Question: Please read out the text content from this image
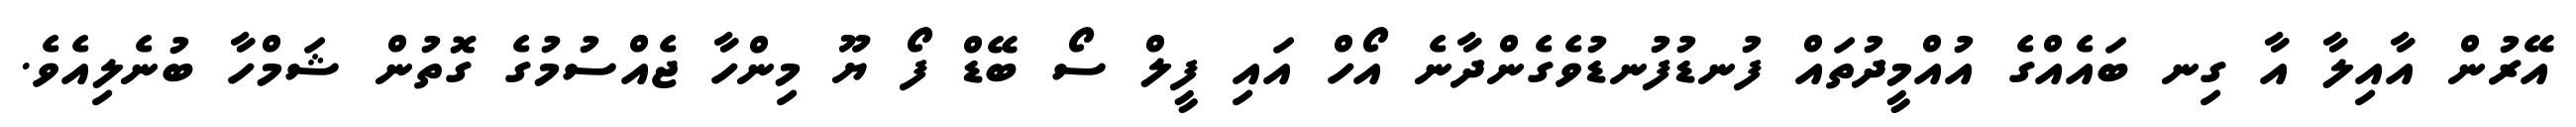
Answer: އޭރުން އާއިލާ އާ ގިނ ބައެއްގެ އުއްމީދުތައް ފުނޑުފުނޑުވެގެންދާނެ އޯހް އައި ފީލް ސޯ ބޭޑް ފޯ ޔޫ މިންހާ ޖެއްސުމުގެ ގޮތުން ޝަމްހާ ބުނެލިއެވެ.